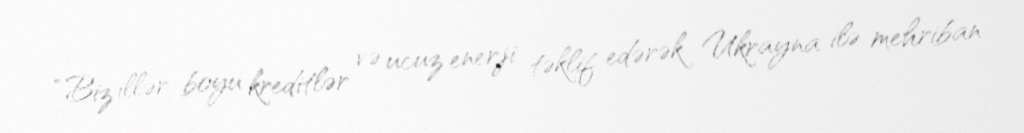
“Biz illər boyu kreditlər və ucuz enerji təklif edərək Ukrayna ilə mehriban